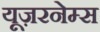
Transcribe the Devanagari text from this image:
यूज़रनेम्स